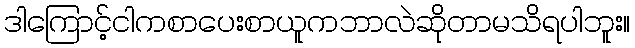
ဒါကြောင့်ငါကစာပေးစာယူကဘာလဲဆိုတာမသိရပါဘူး။